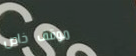
موقف خاص